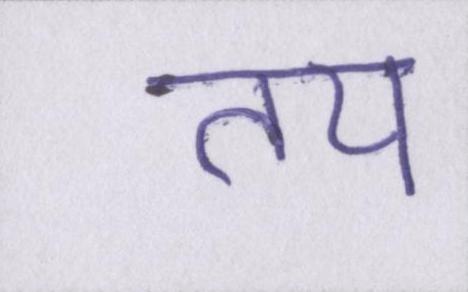
तय